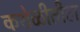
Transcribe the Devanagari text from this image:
कशेळीतील